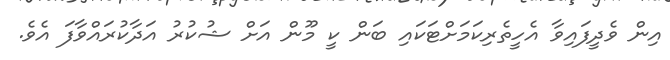
އިން ވެދީފައިވާ އެހީތެރިކަމަށްޓަކައި ބަން ކީ މޫން އަށް ޝުކުރު އަދާކުރައްވާފަ އެވެ.